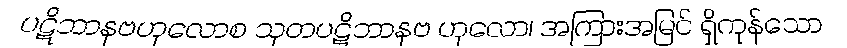
ပဋိဘာနဗဟုလောစ သုတပဋိဘာနဗ ဟုလော၊ အကြားအမြင် ရှိကုန်သော